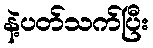
နဲ့ပတ်သက်ပြီး